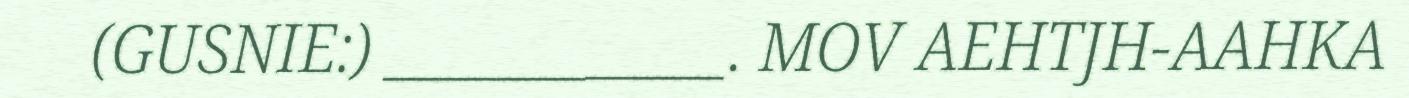
(GUSNIE:) ____________. MOV AEHTJH-AAHKA